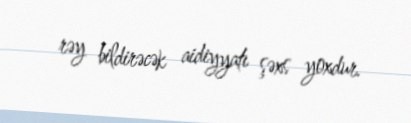
rəy bildirəcək aidiyyatı şəxs yoxdur.